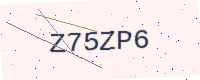
Text: Z75ZP6